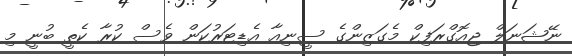
ނޭޝަނަލް ޖިއޮގްރަފިކް މެގަޒިންގެ ސީނިއާ އެޑިޓަރުކަން ވެސް ކުރާ ކެތީ ބުނީ މި